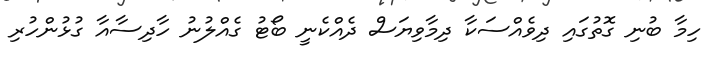
ހިމާ ބުނި ގޮތުގައި ދިވެއްސަކާ ދިމާވިޔަސް ދެއްކެނީ ބޯޓު ގެއްލުނު ހާދިސާއާ ގުޅުންހުރި